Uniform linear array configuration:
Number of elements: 64
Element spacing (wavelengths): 1
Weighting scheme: kaiser
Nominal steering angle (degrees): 15
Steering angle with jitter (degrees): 15.431
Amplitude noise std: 0.05
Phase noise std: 0.05

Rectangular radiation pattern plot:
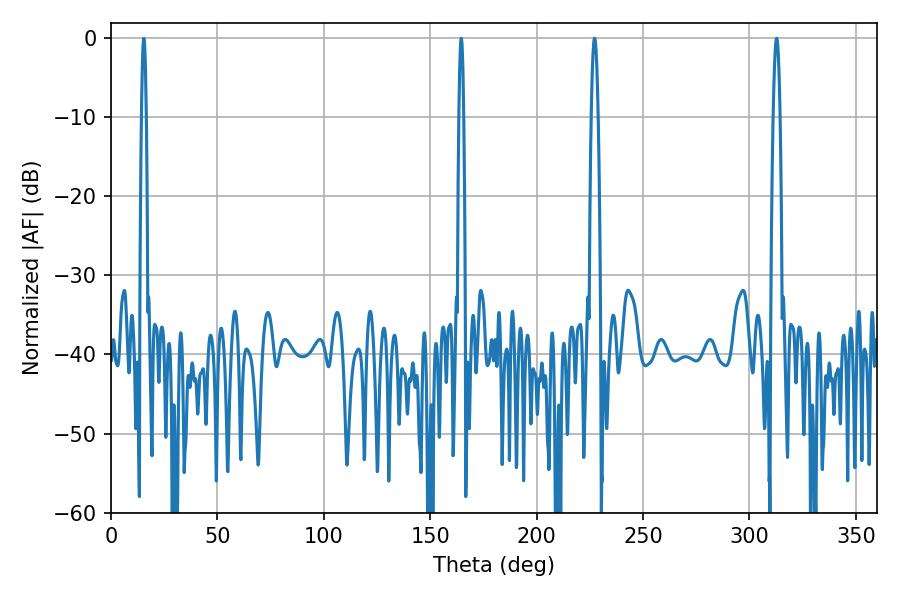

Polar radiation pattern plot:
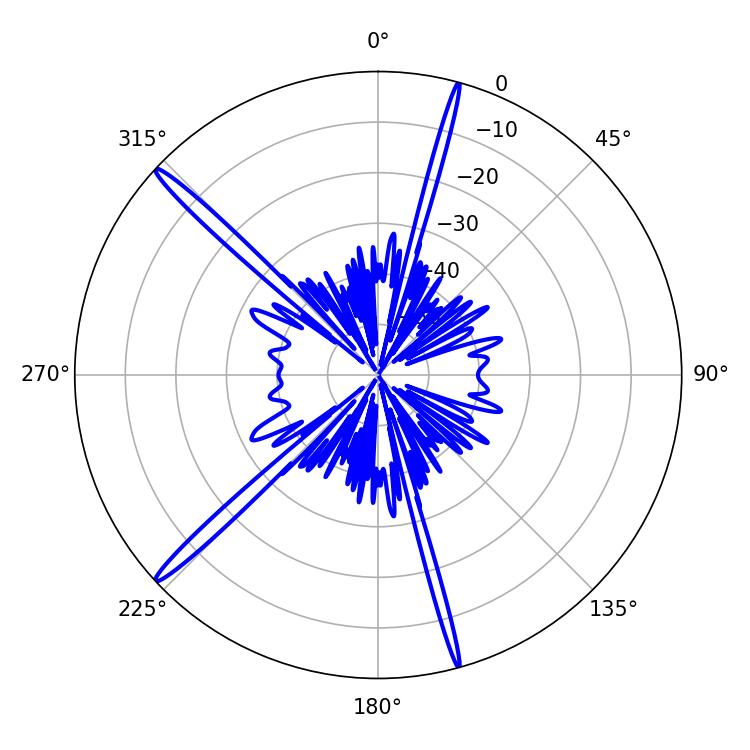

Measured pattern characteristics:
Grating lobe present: TRUE
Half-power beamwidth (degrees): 1.62
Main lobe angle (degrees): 227.16